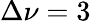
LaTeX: \Delta\nu=3